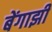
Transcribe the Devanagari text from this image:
बेंगाझी